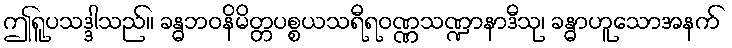
ဤရူပသဒ္ဒါသည်။ ခန္ဓဘဝနိမိတ္တပစ္စယသရီရဝဏ္ဏသဏ္ဍာနာဒီသု၊ ခန္ဓာဟူသောအနက်